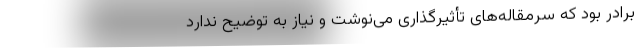
برادر بود که سرمقاله‌های تأثیر‌گذاری می‌نوشت و نیاز به توضیح ندارد